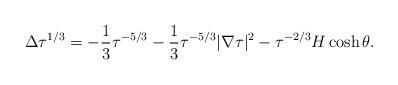
LaTeX: \begin{align*}\Delta \tau^ {1/3} = - \frac{1}{3}{\tau^{-5/3}} -\frac{1}{3}{\tau^{-5/3}} |\nabla \tau|^2-\tau^ {-2/3}H\cosh \theta .\end{align*}